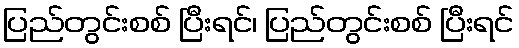
ပြည်တွင်းစစ် ပြီးရင်၊ ပြည်တွင်းစစ် ပြီးရင်